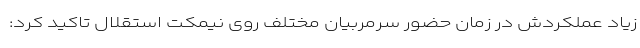
زیاد عملکردش در زمان حضور سرمربیان مختلف روی نیمکت استقلال تاکید کرد: